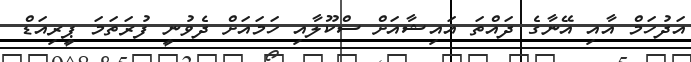
އަދުހަމް އާއި އޭނާގެ ދައްތަ އައިޝާއަށް ސްކޫލާއި ހަމައަށް ދެވުނީ ފުރަތަމަ ޕީރިއަޑް